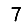
Digit: 7